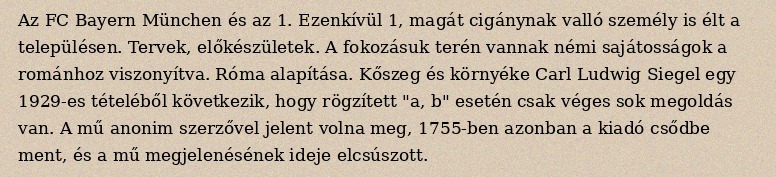
Az FC Bayern München és az 1. Ezenkívül 1, magát cigánynak valló személy is élt a településen. Tervek, előkészületek. A fokozásuk terén vannak némi sajátosságok a románhoz viszonyítva. Róma alapítása. Kőszeg és környéke Carl Ludwig Siegel egy 1929-es tételéből következik, hogy rögzített "a, b" esetén csak véges sok megoldás van. A mű anonim szerzővel jelent volna meg, 1755-ben azonban a kiadó csődbe ment, és a mű megjelenésének ideje elcsúszott.